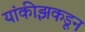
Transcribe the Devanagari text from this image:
यांकीझकडून